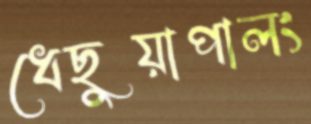
ধেছুয়াপালং